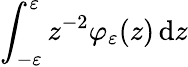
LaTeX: \int_{-\varepsilon}^{\varepsilon}z^{-2}\varphi_{\varepsilon}(z)\mathop{}\! {\mathrm{d}{z}}